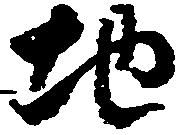
地